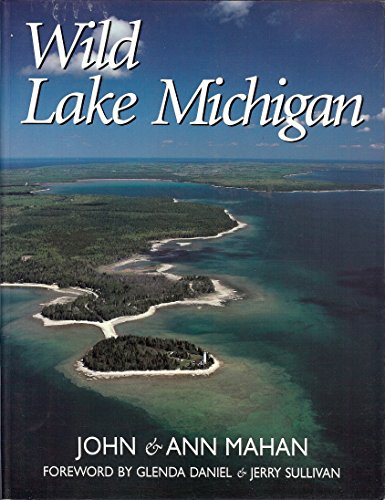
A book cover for Wild Lake Michigan; John & Ann Mahan; Travel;